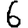
Digit: 6